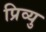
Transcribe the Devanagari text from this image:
प्रिव्यु